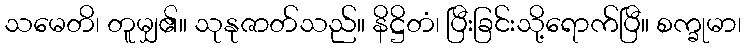
သမေတိ၊ တူမျှ၏။ သုနုဇာတ်သည်။ နိဋ္ဌိတံ၊ ပြီးခြင်းသို့ရောက်ပြီ။ စက္ခုမာ၊